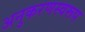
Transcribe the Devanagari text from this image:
अनुकरणस्वरूप